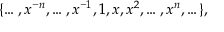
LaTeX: \{ \ldots , x ^ { - n } , \ldots , x ^ { - 1 } , 1 , x , x ^ { 2 } , \ldots , x ^ { n } , \ldots \} ,